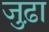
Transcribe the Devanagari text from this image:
जुढ़ा